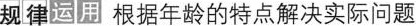
规律运用根据年龄的特点解决实际问题